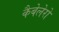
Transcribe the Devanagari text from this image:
कैबेलेरो